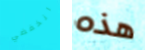
انخفضي هذه